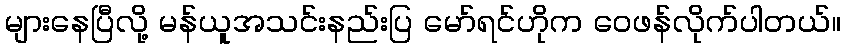
များနေပြီလို့ မန်ယူအသင်းနည်းပြ မော်ရင်ဟိုက ဝေဖန်လိုက်ပါတယ်။